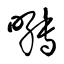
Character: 囀